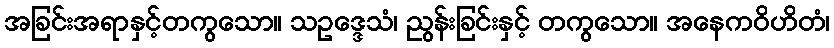
အခြင်းအရာနှင့်တကွသော။ သဥဒ္ဒေသံ၊ ညွန်းခြင်းနှင့် တကွသော။ အနေကဝိဟိတံ၊